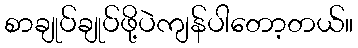
စာချုပ်ချုပ်ဖို့ပဲကျန်ပါတော့တယ်။